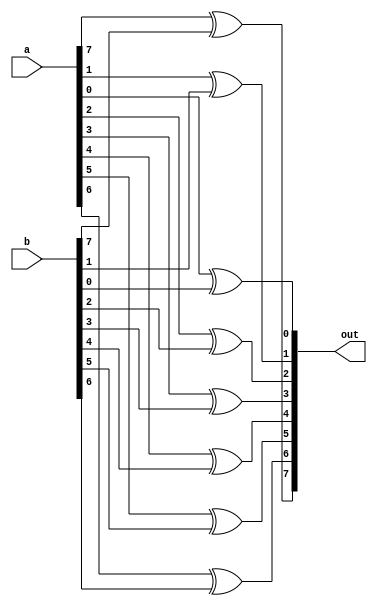
module xor_8bit(output [7:0] out, input [7:0] a, b);

xor (out[1], a[1], b[1]);
xor (out[0], a[0], b[0]);
xor (out[2], a[2], b[2]);
xor (out[3], a[3], b[3]);
xor (out[4], a[4], b[4]);
xor (out[5], a[5], b[5]);
xor (out[6], a[6], b[6]);
xor (out[7], a[7], b[7]);


endmodule